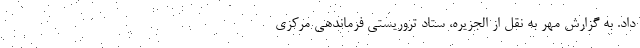
داد. به گزارش مهر به نقل از الجزیره، ستاد تروریستی فرماندهی مرکزی